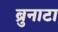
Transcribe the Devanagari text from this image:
ब्रुनाटा